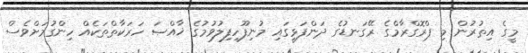
މީގެ އިތުރުން މި ޕްރޮގްރާމްގެ ރޭގަނޑުގެ ދަންފަޅީގައި މުނިފޫހިފިލުވުމުގެ ޚާއްޞަ ހަރަކާތްތަކެއް ހިންގުމަށްވެސް